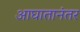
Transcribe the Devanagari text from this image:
आघातानंतर